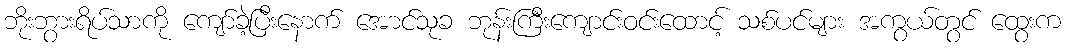
ဘိုးဘွားရိပ်သာကို ကျော်ခဲ့ပြီးနောက် အောင်သုခ ဘုန်းကြီးကျောင်းဝင်းထောင့် သစ်ပင်များ အကွယ်တွင် ထွေးက